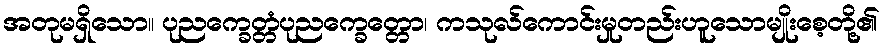
အတုမရှိသော။ ပုညက္ခေတ္တံပုညက္ခေတ္တော၊ ကသုလ်ကောင်းမှုတည်းဟူသောမျိုးစေ့တို့၏